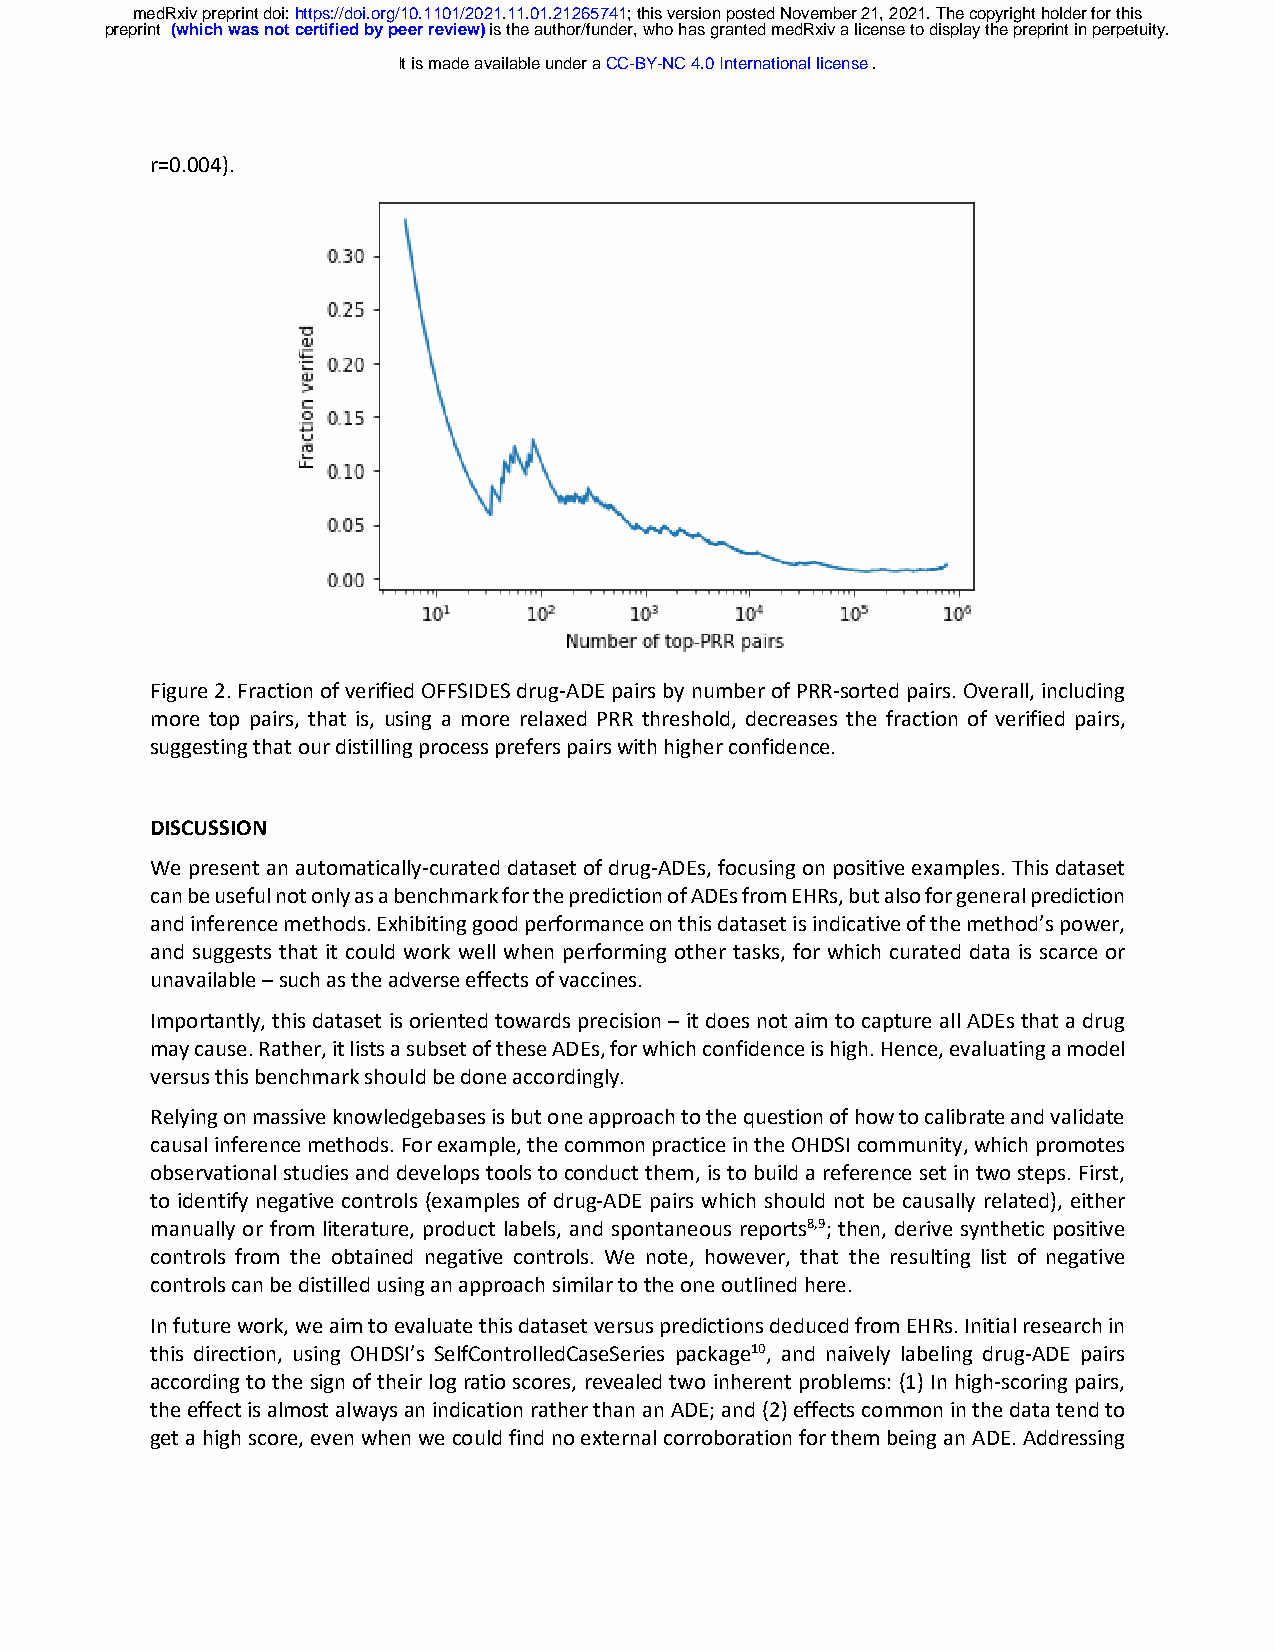
medRxiv preprint doi: https://doi.org/10.1101/2021.11.01.21265741; this version posted November 21, 2021. The copyright holder for this
 preprint (which was not certified by peer review) is the author/funder, who has granted medRxiv a license to display the preprint in perpetuity.
 It is made available under a CC-BY-NC 4.0 International license .
 r=0.004).
 Figure 2. Fraction of verified OFFSIDES drug-ADE pairs by number of PRR-sorted pairs. Overall, including
 more top pairs, that is, using a more relaxed PRR threshold, decreases the fraction of verified pairs,
 suggesting that our distilling process prefers pairs with higher confidence.
 DISCUSSION
 We present an automatically-curated dataset of drug-ADEs, focusing on positive examples. This dataset
 can be useful not only as a benchmark for the prediction of ADEs from EHRs, but also for general prediction
 and inference methods. Exhibiting good performance on this dataset is indicative of the method’s power,
 and suggests that it could work well when performing other tasks, for which curated data is scarce or
 unavailable – such as the adverse effects of vaccines.
 Importantly, this dataset is oriented towards precision – it does not aim to capture all ADEs that a drug
 may cause. Rather, it lists a subset of these ADEs, for which confidence is high. Hence, evaluating a model
 versus this benchmark should be done accordingly.
 Relying on massive knowledgebases is but one approach to the question of how to calibrate and validate
 causal inference methods. For example, the common practice in the OHDSI community, which promotes
 observational studies and develops tools to conduct them, is to build a reference set in two steps. First,
 to identify negative controls (examples of drug-ADE pairs which should not be causally related), either
 manually or from literature, product labels, and spontaneous reports8,9; then, derive synthetic positive
 controls from the obtained negative controls. We note, however, that the resulting list of negative
 controls can be distilled using an approach similar to the one outlined here.
 In future work, we aim to evaluate this dataset versus predictions deduced from EHRs. Initial research in
 this direction, using OHDSI’s SelfControlledCaseSeries package10, and naively labeling drug-ADE pairs
 according to the sign of their log ratio scores, revealed two inherent problems: (1) In high-scoring pairs,
 the effect is almost always an indication rather than an ADE; and (2) effects common in the data tend to
 get a high score, even when we could find no external corroboration for them being an ADE. Addressing